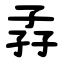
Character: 孨